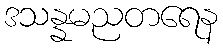
ဒသန္နမညတရေန